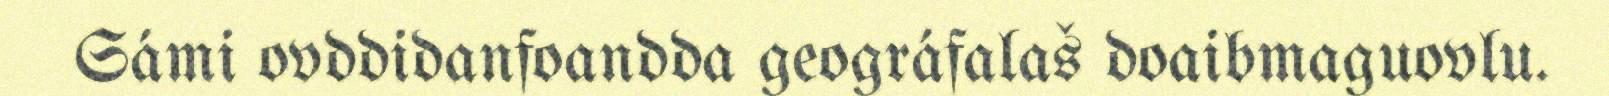
Sámi ovddidanfoandda geográfalaš doaibmaguovlu.